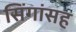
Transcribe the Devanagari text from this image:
सिंगांसह